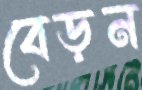
বেড়ন